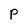
Character: p